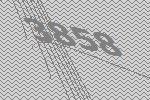
3858